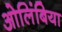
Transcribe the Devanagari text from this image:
ओलिंबिया